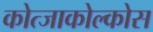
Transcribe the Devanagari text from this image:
कोत्जाकोल्कोस